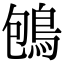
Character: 𪀀